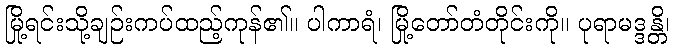
မြို့ရင်းသို့ချဉ်းကပ်ထည့်ကုန်၏။ ပါကာရံ၊ မြို့တော်တံတိုင်းကို။ ပုရာမဒ္ဒန္တိ၊